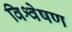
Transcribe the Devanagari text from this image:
विश्वेषण